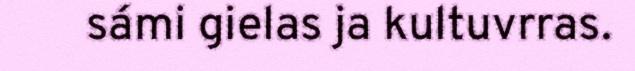
sámi gielas ja kultuvrras.